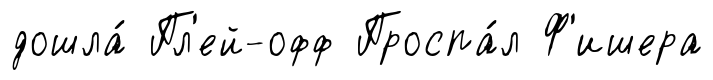
дошла́ Пл'ей-офф Проспа́л Ф'ишера